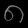
Digit: ၈